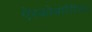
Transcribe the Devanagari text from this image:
ऐस्कोथोरैसिका